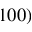
1 0 0 )